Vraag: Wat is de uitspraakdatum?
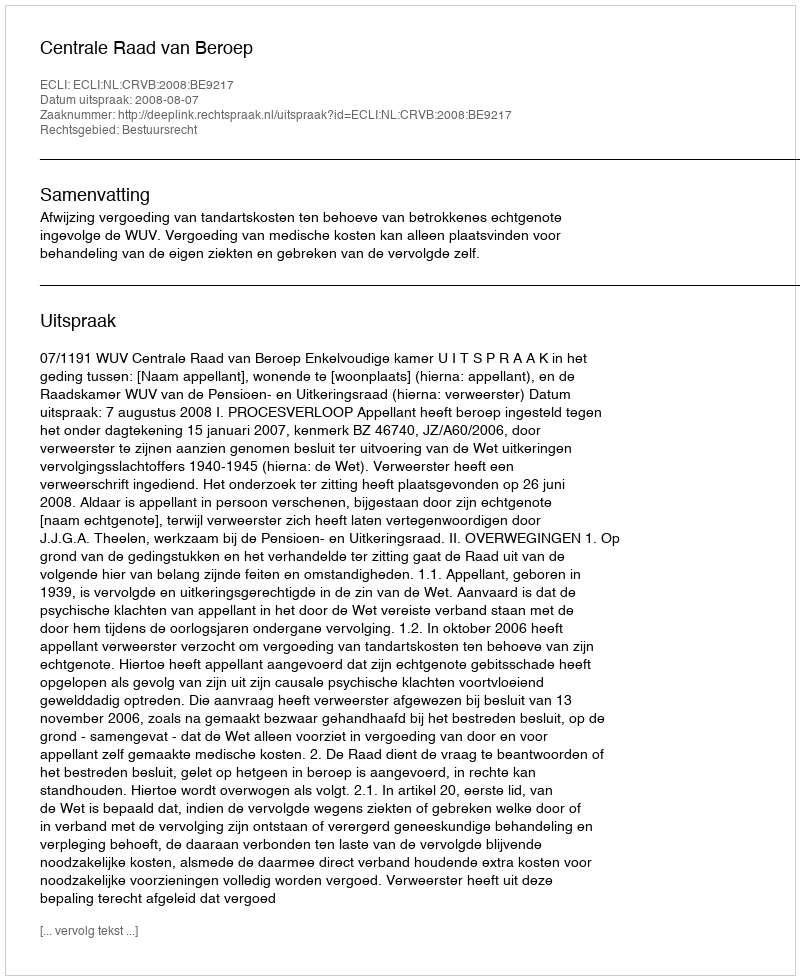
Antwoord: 2008-08-07